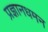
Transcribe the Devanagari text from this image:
प्रज्ञानधमन